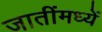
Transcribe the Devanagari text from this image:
जातींमध्यें